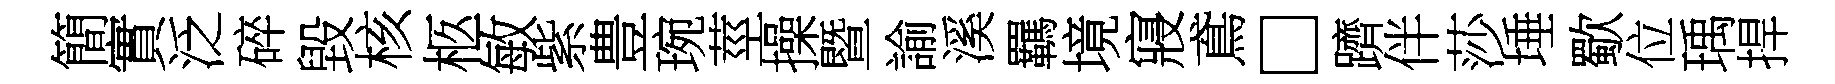
簡實泛碎毀核柩敏紫豊琬莖操暨諭溪羈境寢鳶□躋伴莎埵歜位瑀捍